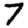
Digit: 7